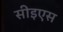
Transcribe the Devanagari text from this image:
सीइएस